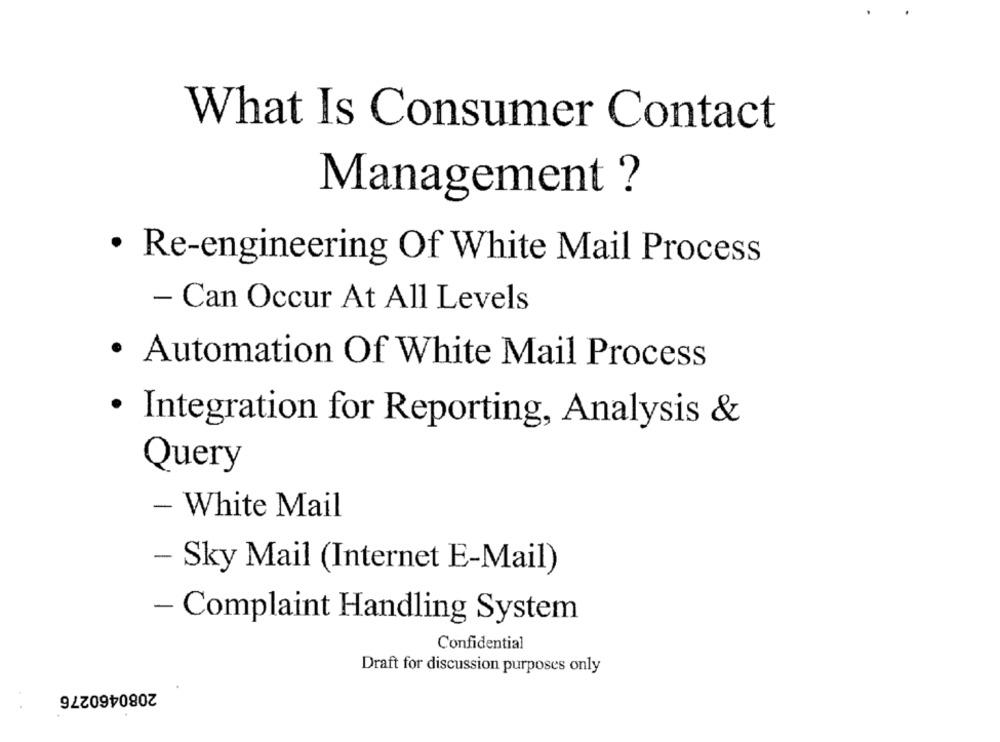
What Is Consumer Contact
Management ?
· Re-engineering Of White Mail Process
- Can Occur At All Levels
· Automation Of White Mail Process
· Integration for Reporting, Analysis &
Query
- White Mail
- Sky Mail (Internet E-Mail)
- Complaint Handling System
Confidential
Draft for discussion purposes only
2080460276